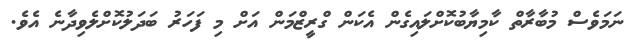
ނަމަވެސް މުބާރާތް ކާމިޔާބުކޮށްލައިގެން އެކަން ގްރީޒްމަން އަށް މި ފަހަރު ބަދަލުކޮށްލެވިދާނެ އެވެ.